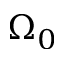
\Omega _ { 0 }